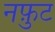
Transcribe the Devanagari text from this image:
नफ़ुट